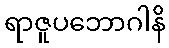
ရာဇူပဘောဂါနိ